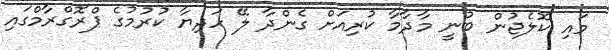
މައި ކޮލެޖުން ބުނީ މާދާމާ ކުރިއަށް ގެންދާ ލޭ ހަދިޔާ ކުރުމުގެ ޕްރޮގްރާމްގައި